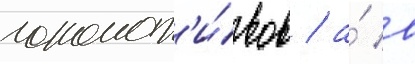
локомот'и́вов / а́ в